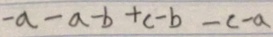
- a - a - b + c - b - c - a